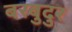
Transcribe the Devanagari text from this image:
बरबुदुर